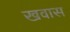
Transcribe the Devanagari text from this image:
खवास